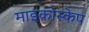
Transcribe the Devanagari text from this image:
माइक्रोस्केप